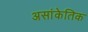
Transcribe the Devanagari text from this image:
असांकेतिक